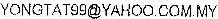
YONGTAT99@YAHOO.COM.MY